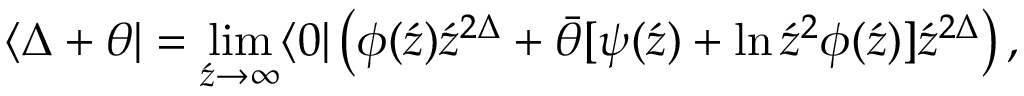
\langle \Delta + \theta | = \operatorname * { l i m } _ { \acute { z } \rightarrow \infty } \langle 0 | \left( { \phi ( \acute { z } ) \acute { z } ^ { 2 \Delta } + \bar { \theta } [ \psi ( \acute { z } ) + \ln \acute { z } ^ { 2 } \phi ( \acute { z } ) ] } \acute { z } ^ { 2 \Delta } \right) ,